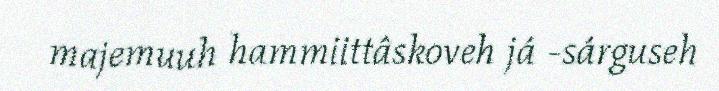
majemuuh hammiittâskoveh já -sárguseh